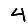
Digit: 4